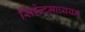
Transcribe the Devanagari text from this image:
सिंहेन्द्रमाध्ययम